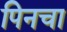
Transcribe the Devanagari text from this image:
पिनचा